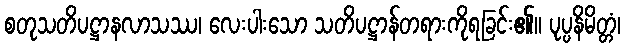
စတုသတိပဋ္ဌာနလာသဿ၊ လေးပါးသော သတိပဋ္ဌာန်တရားကိုရခြင်း၏။ ပုပ္ပနိမိတ္တံ၊